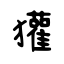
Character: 獾